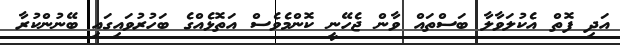
އަދި ފޮތް އެކުލަވާލާ ބަސްތައް ވާން ޖެހޭނީ ކޮންމެވެސް އަތޮޅެއްގެ ބަހުރުވައިގައި ބޭނުންކުރާ